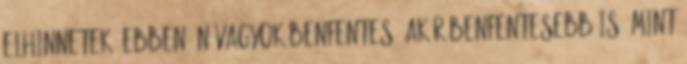
elhinnetek, ebben én vagyok benfentes, akár benfentesebb is, mint